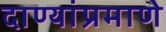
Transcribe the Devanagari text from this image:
दाण्यांप्रमाणे